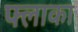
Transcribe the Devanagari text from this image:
फ्लाका